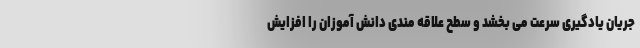
جریان یادگیری سرعت می بخشد و سطح علاقه مندی دانش آموزان را افزایش